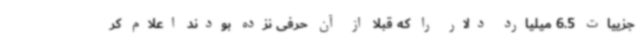
جزییات 6.5 میلیارد دلار را که قبلا از آن حرفی نزده بودند اعلام کر